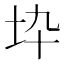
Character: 𡉻